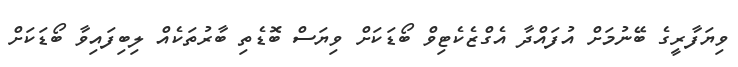
ވިޔަފާރީގެ ބޭނުމަށް އުފައްދާ އެގްޒެކެޓިވް ބޯޑަކަށް ވިޔަސް ބޮޑެތި ބާރުތަކެއް ލިބިފައިވާ ބޯޑަކަށް